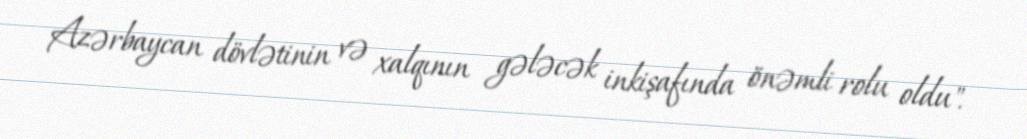
Azərbaycan dövlətinin və xalqının gələcək inkişafında önəmli rolu oldu".